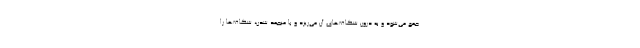
جمع می‌شود و به درون شکاف‌های آن می‌ریزد و با منجمد شدن، شکاف‌ها را